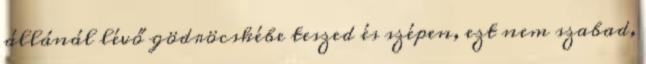
állánál lévő gödröcskébe teszed és szépen, ezt nem szabad,